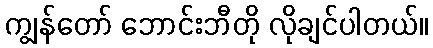
ကျွန်တော် ဘောင်းဘီတို လိုချင်ပါတယ်။